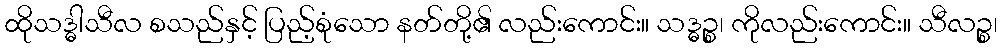
ထိုသဒ္ဓါသီလ စသည်နှင့် ပြည့်စုံသော နတ်တို့၏ လည်းကောင်း။ သဒ္ဓဉ္စ၊ ကိုလည်းကောင်း။ သီလဉ္စ၊